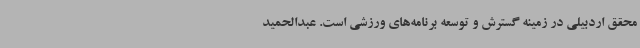
محقق اردبیلی در زمینه گسترش و توسعه برنامه‌های ورزشی است. عبدالحمید